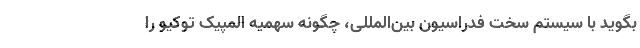
بگوید با سیستم سخت فدراسیون بین‌المللی، چگونه سهمیه المپیک توکیو را